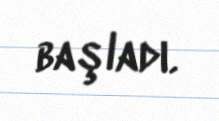
başladı.